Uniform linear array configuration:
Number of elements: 64
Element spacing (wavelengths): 0.5
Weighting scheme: exponential
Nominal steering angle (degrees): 60
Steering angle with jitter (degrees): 61.46
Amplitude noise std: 0.05
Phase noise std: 0.05

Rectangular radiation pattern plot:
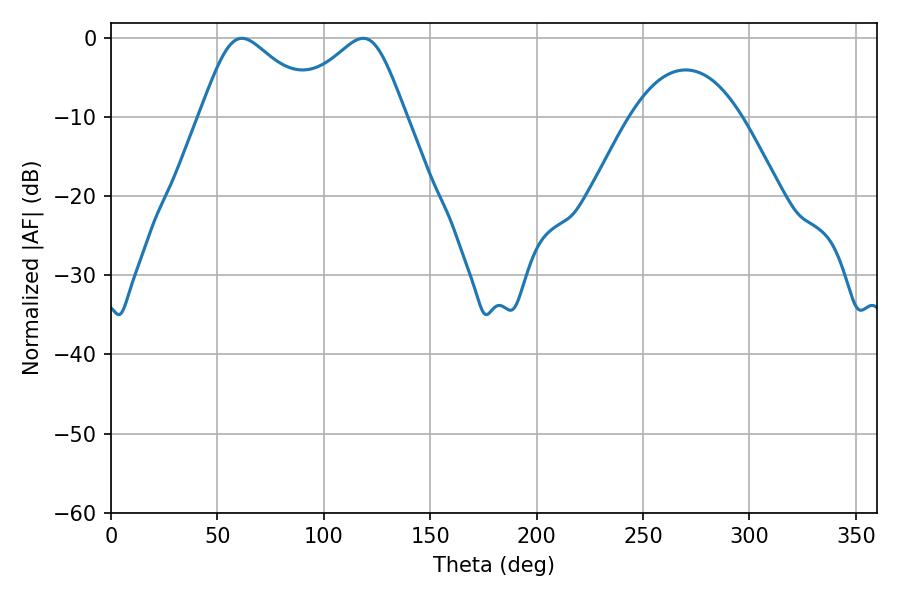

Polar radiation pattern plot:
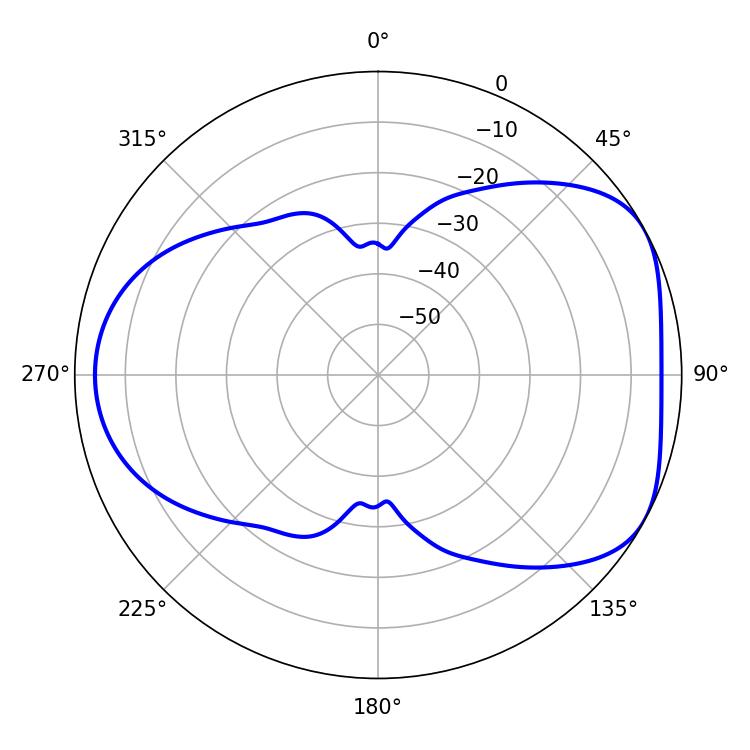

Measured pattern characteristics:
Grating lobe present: FALSE
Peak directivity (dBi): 4.887
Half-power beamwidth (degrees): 27.54
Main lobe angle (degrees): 61.56